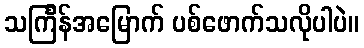
သင်္ကြန်အမြောက် ပစ်ဖောက်သလိုပါပဲ။